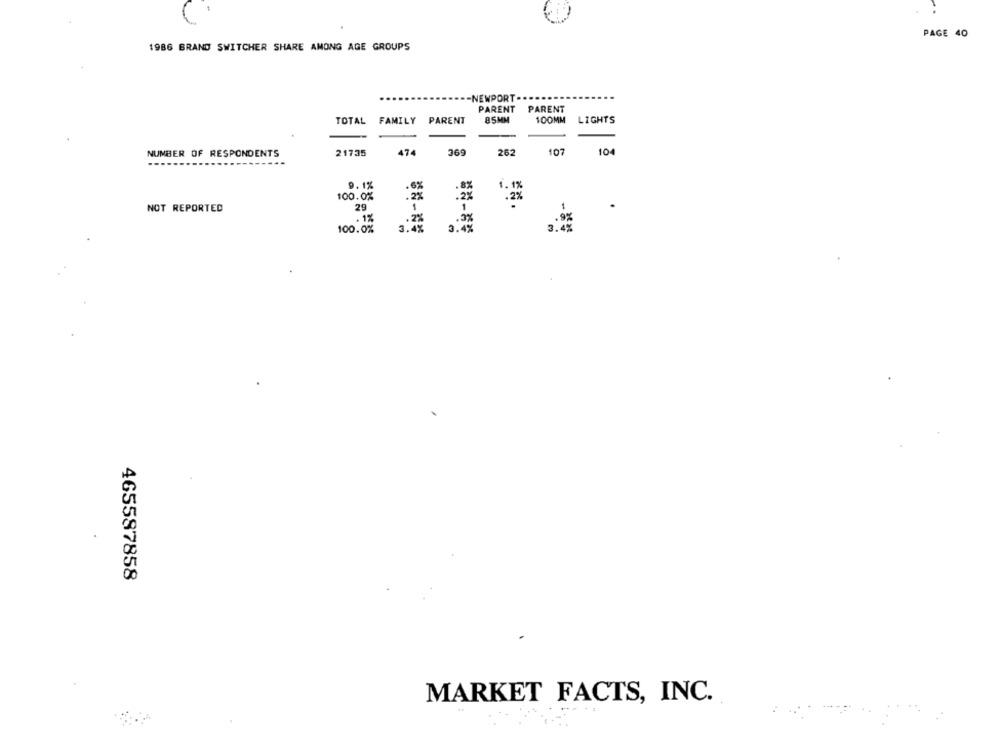
PAGE 40
1986 BRAND SWITCHER SHARE AMONG AGE GROUPS
NEWPORT
PARENT PARENT
TOTAL FAMILY PARENT
85MM
100MM LIGHTS
369
NUMBER OF RESPONDENTS
21735
474
262
107
104
9.1%
.6%
.8%
100.0%
.2%
NOT REPORTED
29
1
1
. 1%
3.4%
.9%
100.0%
3.4%
465587858
MARKET FACTS, INC.